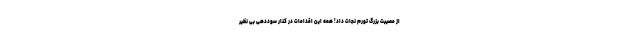
از مصیبت بزرگ تورم نجات داد! همه این اقدامات در کنار سوددهی بی نظیر